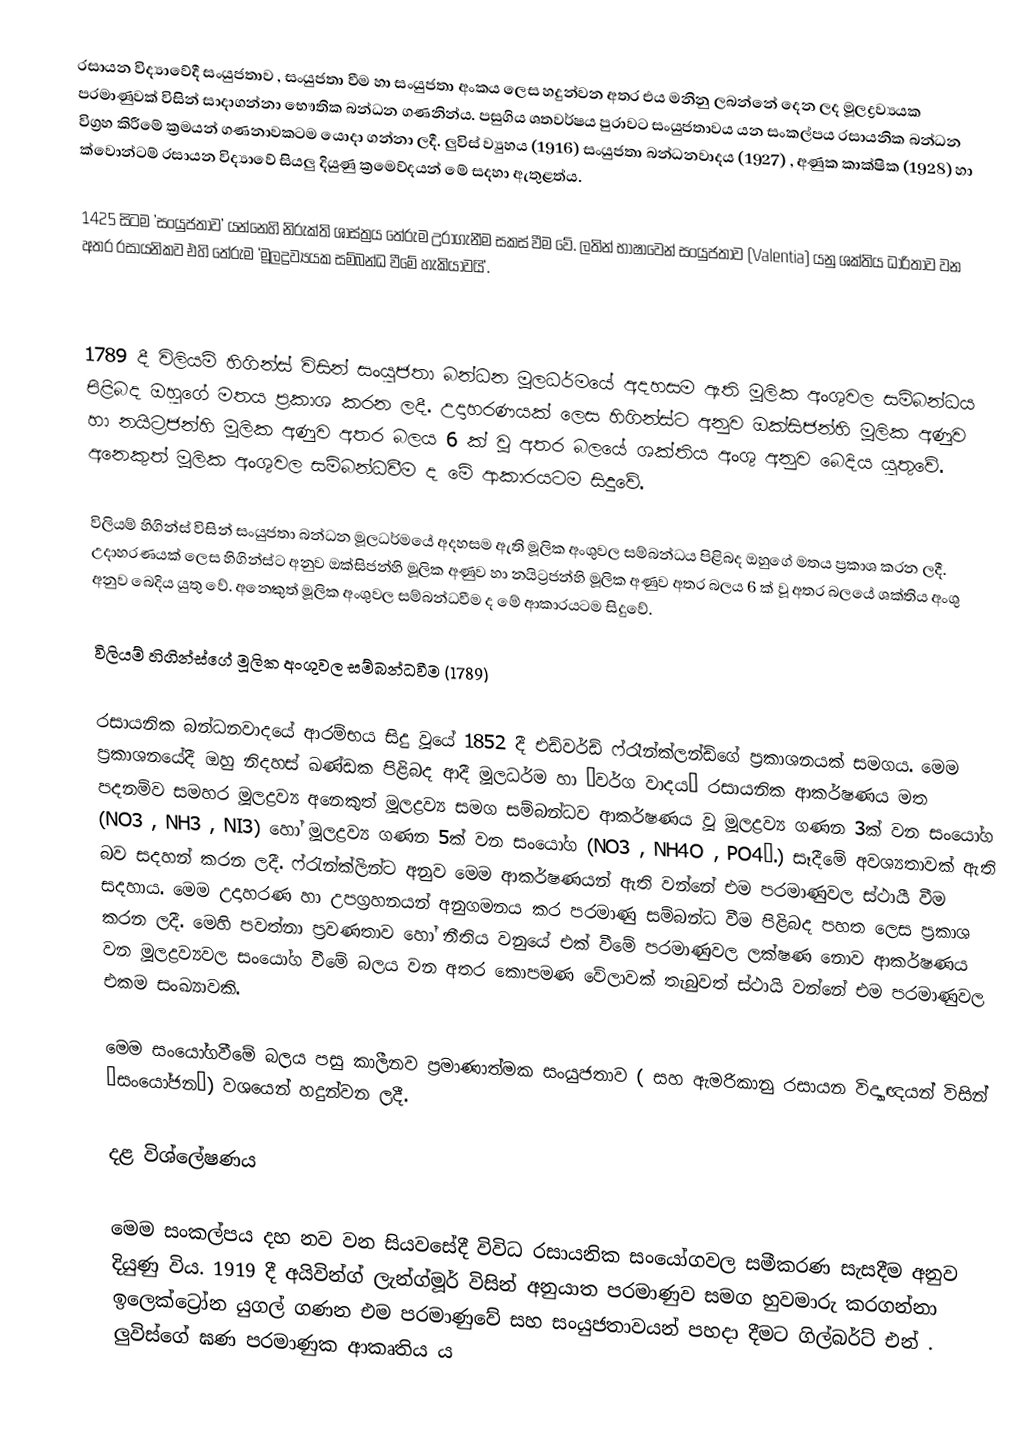
රසායන විද්‍යාවේදී සංයුජතාව  , සංයුජතා වීම හා සංයුජතා අංකය ලෙස හදුන්වන අතර එය මනිනු ලබන්නේ දෙන ලද මූලද්‍රව්‍යයක පරමාණුවක් විසින්  සාදාගන්නා භෞතික බන්ධන ගණනින්ය.  පසුගිය ශතවර්ෂය පුරාවට සංයුජතාවය යන සංකල්පය රසායනික බන්ධන විග්‍රහ කිරීමේ ක්‍රමයන් ගණනාවකටම යොදා ගන්නා ලදී. ලුවිස් ව්‍යුහය (1916) සංයුජතා බන්ධනවාදය (1927) , අණුක කාක්ෂික (1928) හා ක්වොන්ටම් රසායන විද්‍යාවේ සියලු දියුණු ක්‍රම‍ෙව්දයන් මේ සදහා ඇතුළත්ය.

1425 සිටම  ’සංයු‍ජතාව’  යන්නෙහි නිරුක්ති ශාස්ත්‍රය තේරුම උරාගැනීම සකස් වීම වේ. ලතින් භාෂාවෙන් සංයුජතාව (Valentia) යනු ශක්තිය ධාරිතාව වන අතර රසායනිකව එහි තේරුම ‘මූලද්‍රව්‍යයක සම්බන්ධ වීමේ හැකියාවයි’.

1789 දී විලියම් හිගින්ස් විසින් සංයුජතා බන්ධන මූලධර්මයේ අදහසම ඇති මූලික අංශුවල සම්බන්ධය පිළිබද ඔහුගේ මතය ප්‍රකාශ කරන ලදී. උදාහරණයක් ලෙස හිගින්ස්ට අනුව ඔක්සිජන්හි මූලික අණුව හා නයිට්‍රජන්හි මූලික අණුව අතර බලය 6 ක් වූ අතර බලයේ ශක්තිය අංශු අනුව බෙදිය යුතුවේ. අනෙකුත් මූලික අංශුවල සම්බන්ධවී‍ම ද මේ ආකාරයටම සිදුවේ.

විලියම් හිගින්ස් විසින් සංයුජතා බන්ධන මූලධර්මයේ අදහසම ඇති මූලික අංශුවල සම්බන්ධය පිළිබද ඔහුගේ මතය ප්‍රකාශ කරන ලදී. උදාහරණයක් ලෙස හිගින්ස්ට අනුව ඔක්සිජන්හි මූලික අණුව  හා නයිට්‍රජන්හි මූලික  අණුව අතර බලය 6 ක් වූ අතර බලයේ ශක්තිය අංශු අනුව බෙදිය යුතු වේ. අනෙකුත් මූලික අංශුවල සම්බන්ධවීම ද මේ ආකාරයටම සිදුවේ.

විලියම් හිගින්ස්ගේ මූලික අංශුවල සම්බන්ධවීම (1789)

රසායනික බන්ධනවාදයේ ආරම්භය සිදු වූයේ 1852 දී එඩ්වර්ඩ් ෆ්රෑන්ක්ලන්ඩ්ගේ ප්‍රකාශනයක් සමගය. මෙම ප්‍රකාශනයේදී ඔහු නිදහස් ඛණ්ඩක පිළිබද ආදී මූලධර්ම හා ‘වර්ග වාදය’ රසායනික ආකර්ෂණය මත පදනම්ව සමහර මූලද්‍රව්‍ය අනෙකුත් මූලද්‍රව්‍ය සමග සම්බන්ධව ආකර්ෂණය වූ මූලද්‍රව්‍ය ගණන 3ක් වන සංයෝග (NO3 , NH3 , NI3)  හෝ මූලද්‍රව්‍ය ගණන 5ක් වන සංයෝග (NO3 , NH4O , PO4….)  සෑදීමේ අවශ්‍යතාවක් ඇති බව සදහන් කරන ලදී. ෆ්රැන්ක්ලින්ට අනුව මෙම ආකර්ෂණයන් ඇති වන්නේ එම පරමාණුවල ස්ථායී වීම සදහාය. මෙම උදාහරණ හා උපග්‍රහනයන් අනුගමනය කර පරමාණු සම්බන්ධ වීම පිළිබද පහත ලෙස ප්‍රකාශ කරන ලදී. මෙහි පවත්නා ප්‍රවණතාව හෝ නීතිය වනුයේ එක් වීමේ පරමාණුවල ලක්ෂණ නොව ආකර්ෂණය වන මූලද්‍රව්‍යවල සංයෝග වීමේ බලය වන අතර කෙ‍ාපමණ වේලාවක් තැබුවත් ස්ථායි වන්නේ එම පරමාණුවල එකම සංඛ්‍යාවකි.

මෙම සංයෝගවීමේ බලය පසු කාලීනව ප්‍රමාණාත්මක සංයුජතාව ( සහ ඇමරිකානු ‍රසායන විද්‍යාඥයන් විසින් ‘සංයෝජන’) වශයෙන් හදුන්වන ලදී.

දළ විශ්ලේෂණය

මෙම සංකල්පය දහ නව වන සියවසේදී විවිධ  රසායනික සංයෝගවල සමීකරණ සැසදීම අනුව දියුණු විය. 1919 දී අයිවින්ග් ලැන්ග්මූර් විසින් අනුයාත පරමාණුව සමග හුවමාරු කරගන්නා ඉලෙක්ට්‍රෝන යුගල් ගණන එම පරමාණුවේ සහ සංයුජතාවයන් පහදා දීමට ගිල්බර්ට් එන් . ලුවිස්ගේ  ඝණ පරමාණුක ආකෘතිය ය